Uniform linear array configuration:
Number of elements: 48
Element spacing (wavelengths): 0.5
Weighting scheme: cosine
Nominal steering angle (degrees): -30
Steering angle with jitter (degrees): -31.512
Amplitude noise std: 0.05
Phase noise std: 0.05

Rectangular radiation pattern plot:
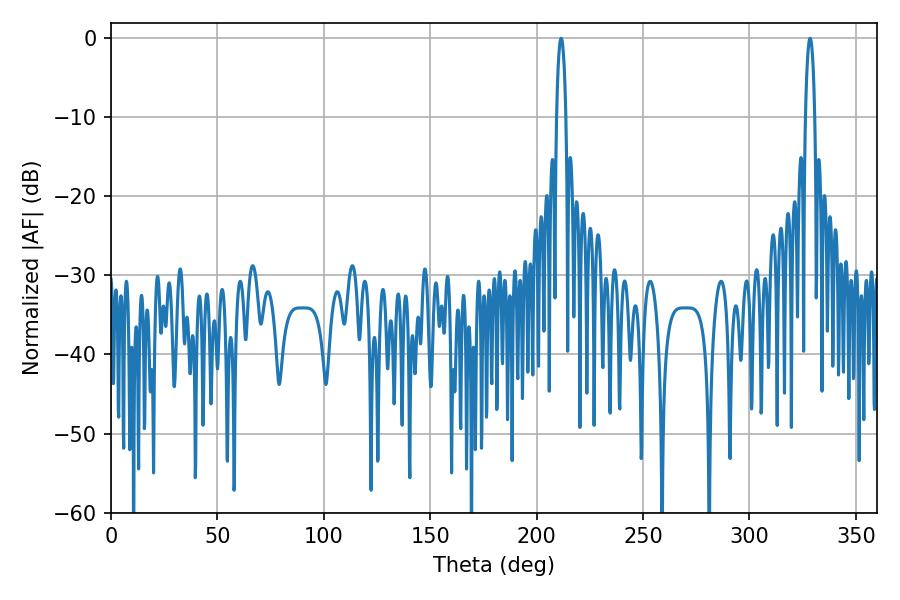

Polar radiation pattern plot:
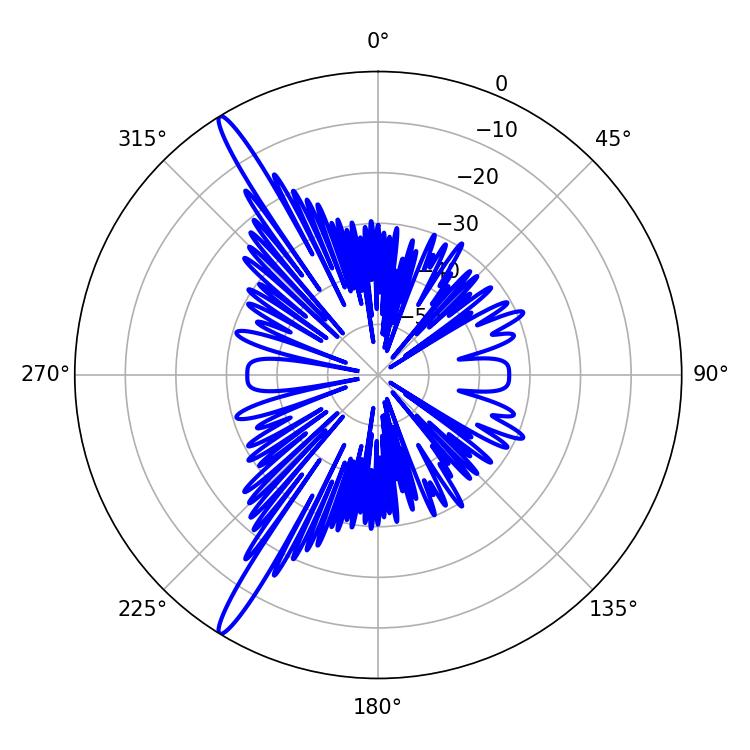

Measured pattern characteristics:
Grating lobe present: FALSE
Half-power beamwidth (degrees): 2.52
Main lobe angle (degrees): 211.5